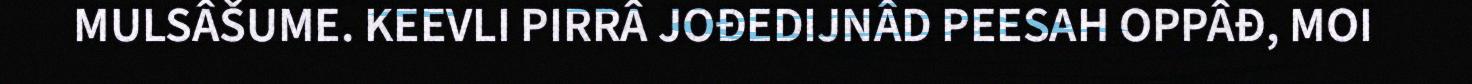
MULSÂŠUME. KEEVLI PIRRÂ JOĐEDIJNÂD PEESAH OPPÂĐ, MOI